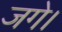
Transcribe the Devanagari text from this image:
जगे।